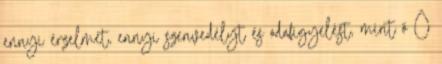
ennyi érzelmet, ennyi szenvedélyt és odafigyelést, mint ő Ő